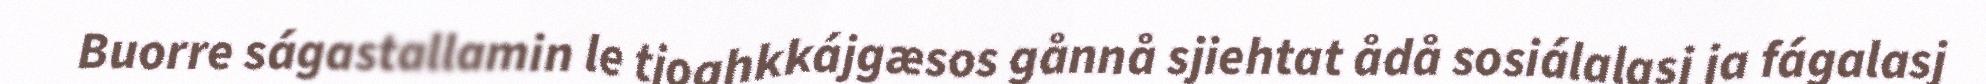
Buorre ságastallamin le tjoahkkájgæsos gånnå sjiehtat ådå sosiálalasj ja fágalasj